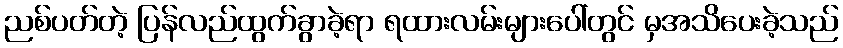
ညစ်ပတ်တဲ့ ပြန်လည်ထွက်ခွာခဲ့ရာ ရထားလမ်းများပေါ်တွင် မှအသိပေးခဲ့သည်